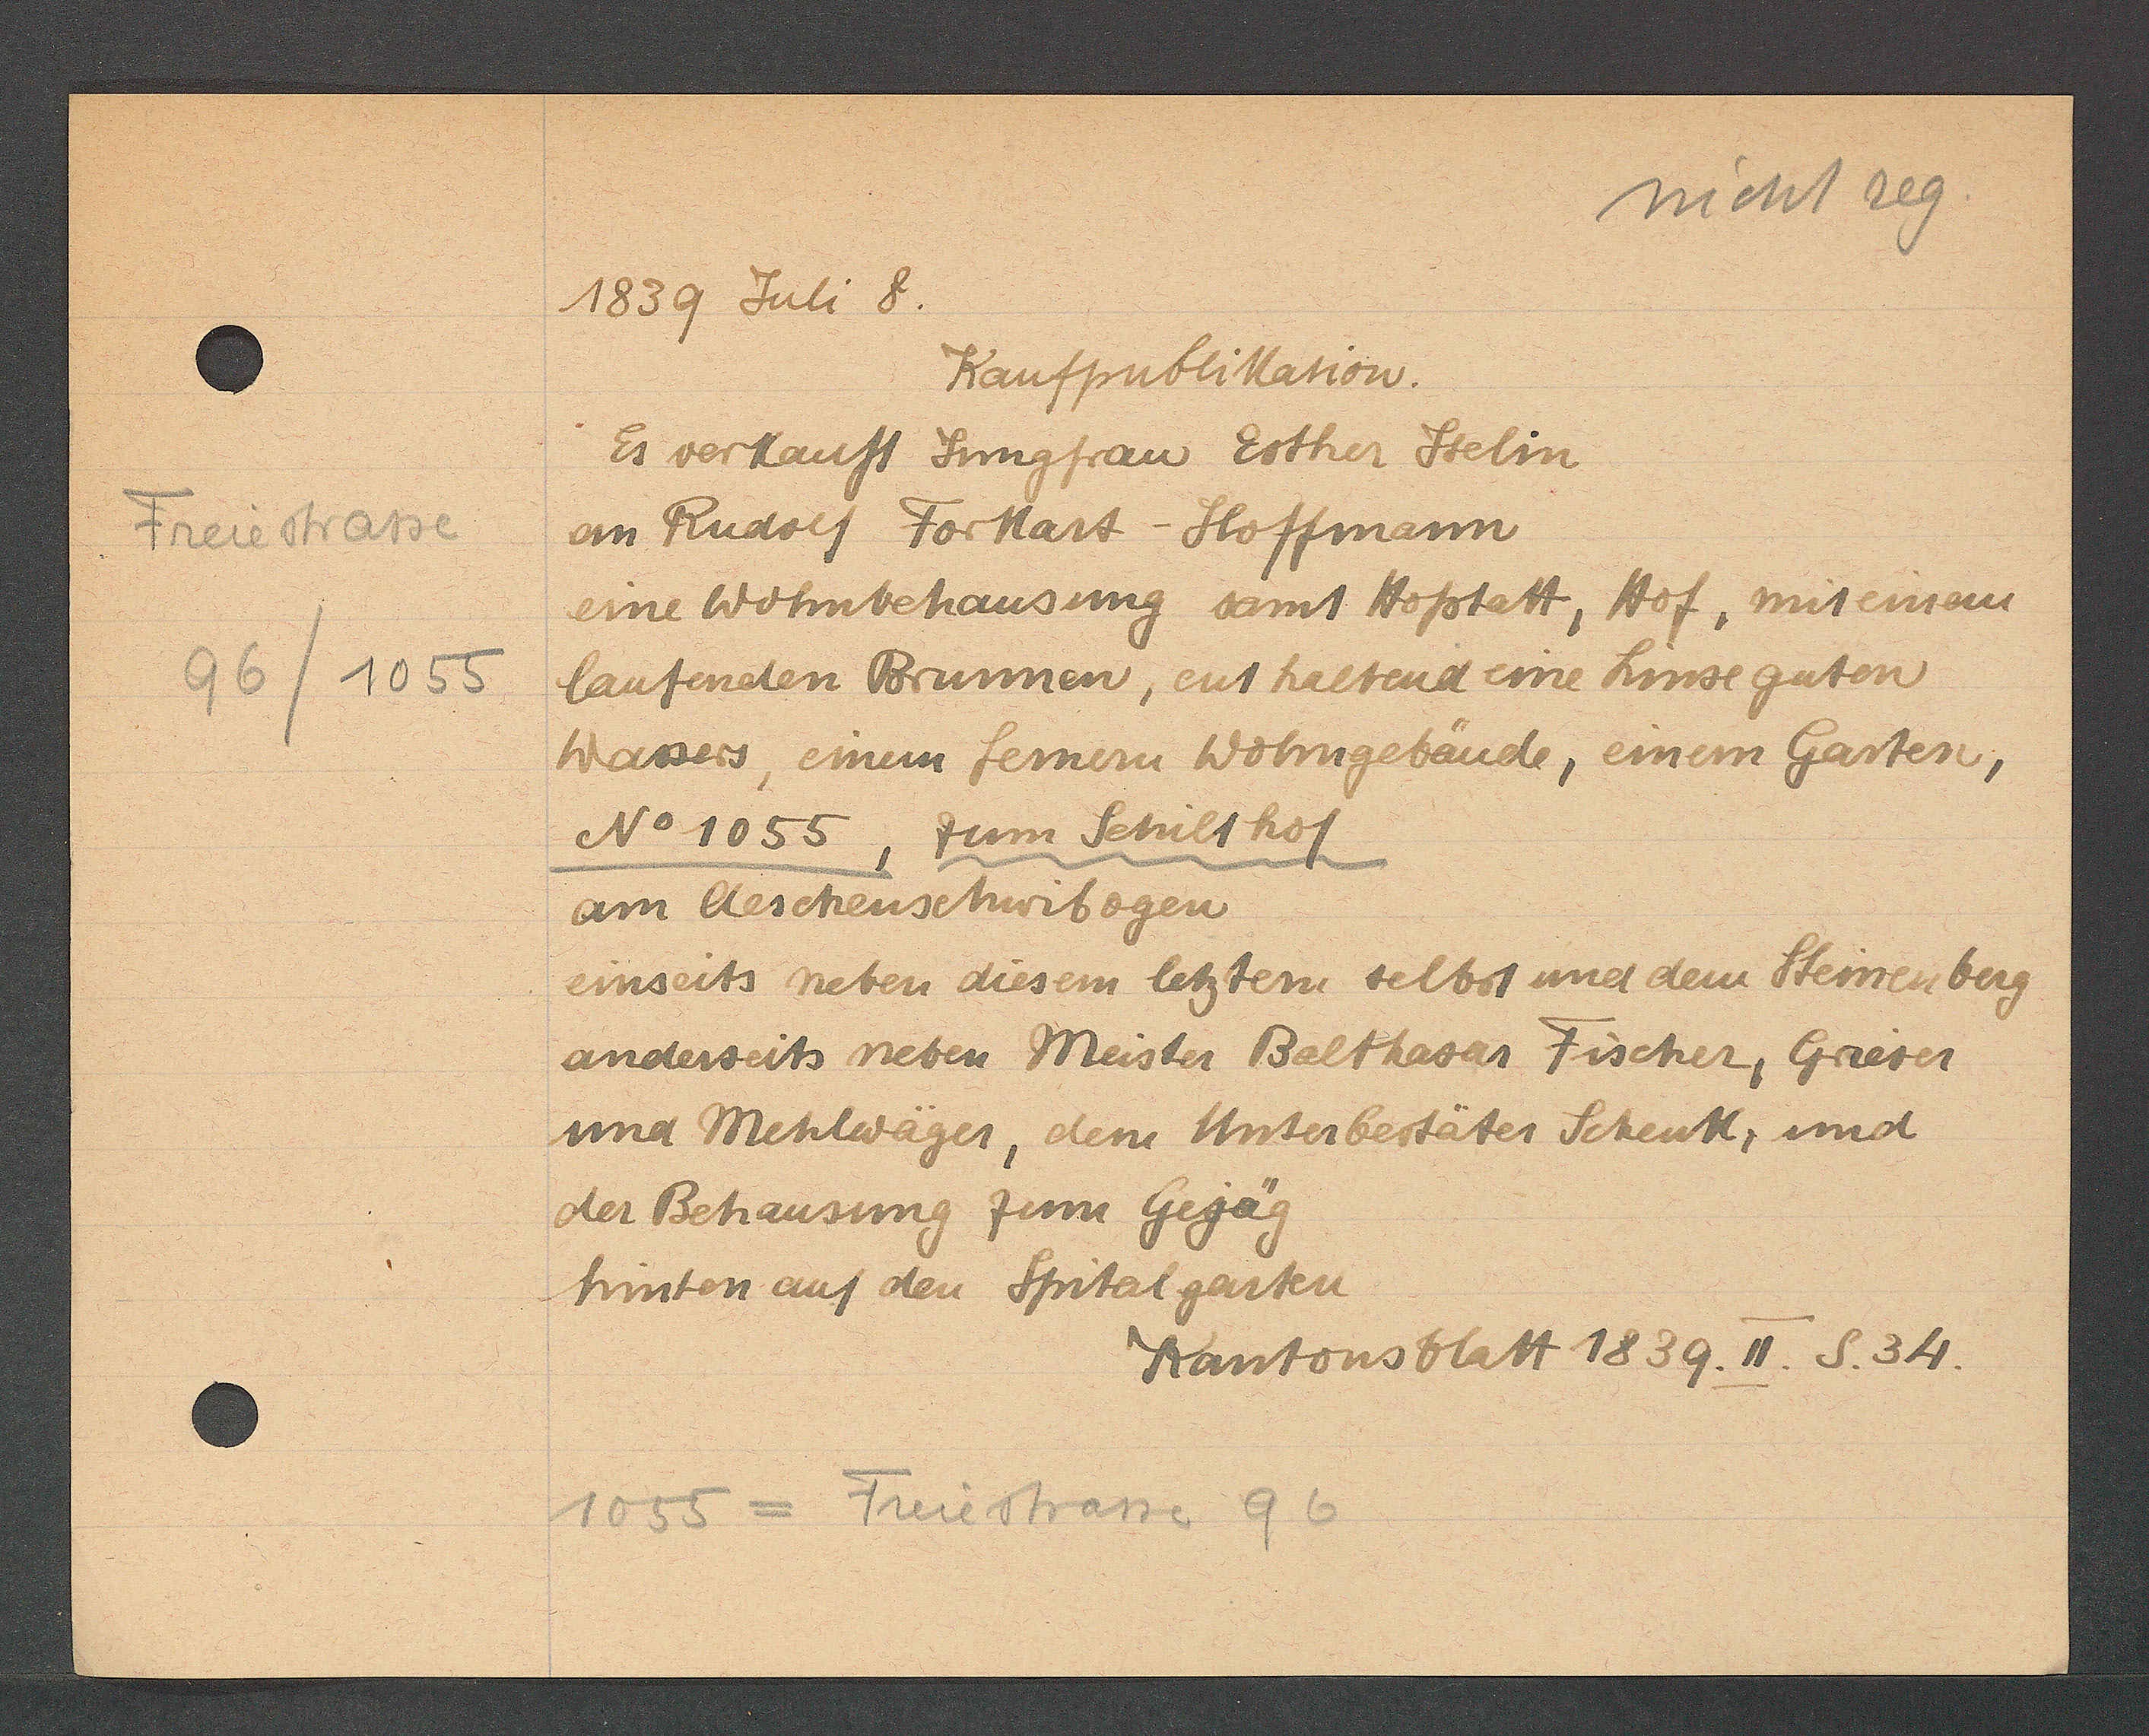
Transcript:
Freiestrasse
96/1055

1839 Juli 8.

Kaufpublikation.
Es verkauft Jungfrau Esther Stelin
an Rudolf Forkart-Hoffmann
eine Wohnbehausung samt Hoftatt, Hof, mit einem
laufenden Brunnen, enthaltend eine Linse guten
Wassers, einem fernern Wohngebäude, einem Garten,
No 1055, zum Schilthof
am Aeschenschwibogen
einseits neben diesem letzten selbst und dem Steinenberg
anderseits neben Meister Balthasar Fischer, Greser
und Mehlwäger, dem Unterbestäter Schenk, und
der Behausung zum Gejäg
hinten auf den Spitalgarten

1055 = Freiestrasse 96

Kantonsblatt 1839. II. S. 34.